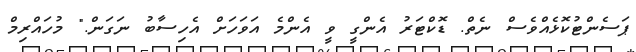
ޕަސެންޓުކޮޅެއްވެސް ނެތް. ޑޮކްޓަރު އެންގީ ވީ އެންމެ އަވަހަށް އެހިސާބު ނަގަން." މުހައްރިމް